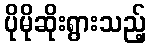
ပိုမိုဆိုးရွားသည့်